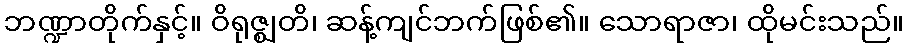
ဘဏ္ဍာတိုက်နှင့်။ ဝိရုဇ္ဈတိ၊ ဆန့်ကျင်ဘက်ဖြစ်၏။ သောရာဇာ၊ ထိုမင်းသည်။